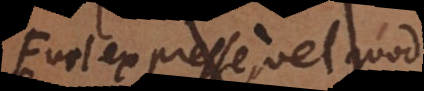
vel expresse vel per